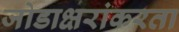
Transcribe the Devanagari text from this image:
जोडाक्षरांकरता